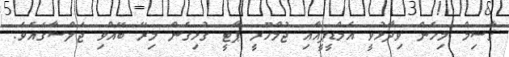
ޤާސިމް މިހެން ވިދާޅުވީ އެމްޑީޕީއާއި ޖުމްހޫރީ ޕާޓީ ގުޅިގެން މިރޭ ބޭއްވި ޖަލްސާގައެވެ.